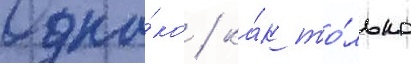
Одна́ко / ка́к то́лько